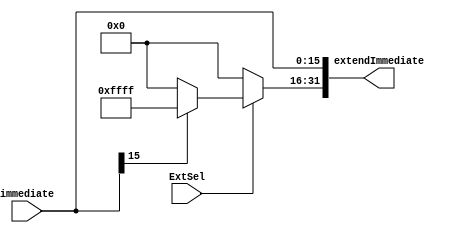
`timescale 1ns / 1ps
module SignZeroExtend(
        input wire [15:0] immediate,    //
        input ExtSel,                   //'0',0
        output [31:0] extendImmediate
    );
    
    always@(extendImmediate)
    begin
        $display("%d", extendImmediate[31]);
    end
    
    assign extendImmediate[15:0] = immediate;
    assign extendImmediate[31:16] = ExtSel ? (immediate[15] ? 16'hffff : 16'h0000) : 16'h0000;
endmodule